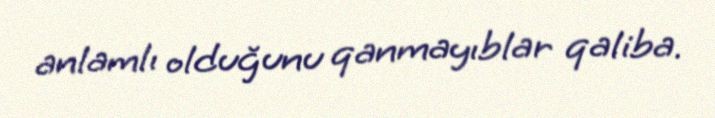
anlamlı olduğunu qanmayıblar qaliba.